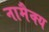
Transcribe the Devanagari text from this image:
नामैक्य